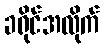
ခရိုင်အလိုက်